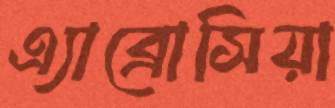
এ্যাব্রোসিয়া